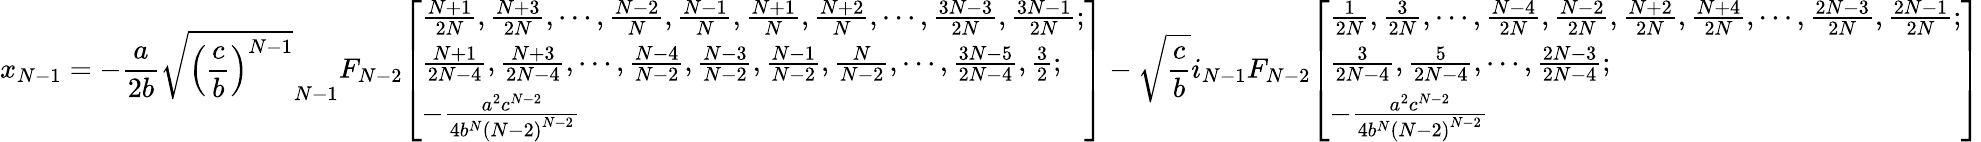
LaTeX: x_{N-1}=-{\frac{a}{2b}}{\sqrt{\left({\frac{c}{b}}\right)^{N-1}}}_{N-1}F_{N-2}{\left[\begin{array}{l}{{\frac{N+1}{2N}},{\frac{N+3}{2N}},\cdots,{\frac{N-2}{N}},{\frac{N-1}{N}},{\frac{N+1}{N}},{\frac{N+2}{N}},\cdots,{\frac{3N-3}{2N}},{\frac{3N-1}{2N}};}\\ {{\frac{N+1}{2N-4}},{\frac{N+3}{2N-4}},\cdots,{\frac{N-4}{N-2}},{\frac{N-3}{N-2}},{\frac{N-1}{N-2}},{\frac{N}{N-2}},\cdots,{\frac{3N-5}{2N-4}},{\frac{3}{2}};}\\ {-{\frac{a^{2}c^{N-2}}{4b^{N}\left(N-2\right)^{N-2}}}}\end{array}\right]}-{\sqrt{\frac{c}{b}}}i_{N-1}F_{N-2}{\left[\begin{array}{l}{{\frac{1}{2N}},{\frac{3}{2N}},\cdots,{\frac{N-4}{2N}},{\frac{N-2}{2N}},{\frac{N+2}{2N}},{\frac{N+4}{2N}},\cdots,{\frac{2N-3}{2N}},{\frac{2N-1}{2N}};}\\ {{\frac{3}{2N-4}},{\frac{5}{2N-4}},\cdots,{\frac{2N-3}{2N-4}};}\\ {-{\frac{a^{2}c^{N-2}}{4b^{N}\left(N-2\right)^{N-2}}}}\end{array}\right]}